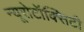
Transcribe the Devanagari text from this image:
न्यूरोटॉक्सिटी